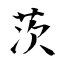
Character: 茨